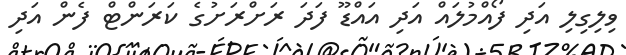
ވިލިގިލި އަދި ފޯއްމުލައް އަދި އައްޑޫ ފަދަ ރަށްރަށުގެ ކަރަންޓް ފެން އަދި